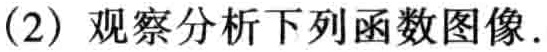
(2) 观察分析下列函数图像.